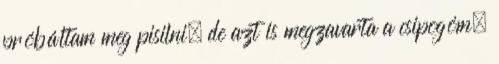
próbáltam meg pisilni, de azt is megzavarta a csipogóm.